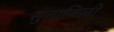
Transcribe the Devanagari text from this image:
सुनाविली